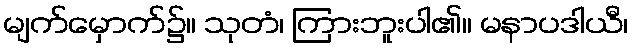
မျက်မှောက်၌။ သုတံ၊ ကြားဘူးပါ၏။ မနာပဒါယီ၊